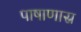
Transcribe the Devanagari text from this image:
पाषाणास्र